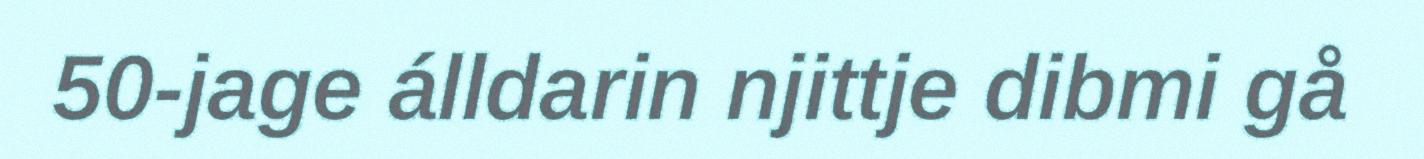
50-jage álldarin njittje dibmi gå